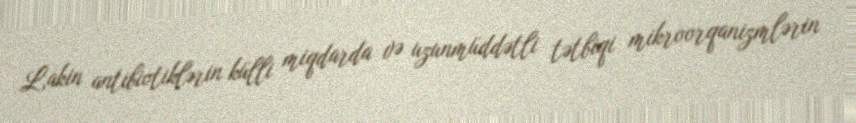
Lakin antibiotiklərin külli miqdarda və uzunmüddətli tətbiqi mikroorqanizmlərin